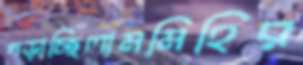
গড়াচ্ছিলামমিহির